Leaving Certificate Examination (including Day School Certificate (Higher) General paper), 1929
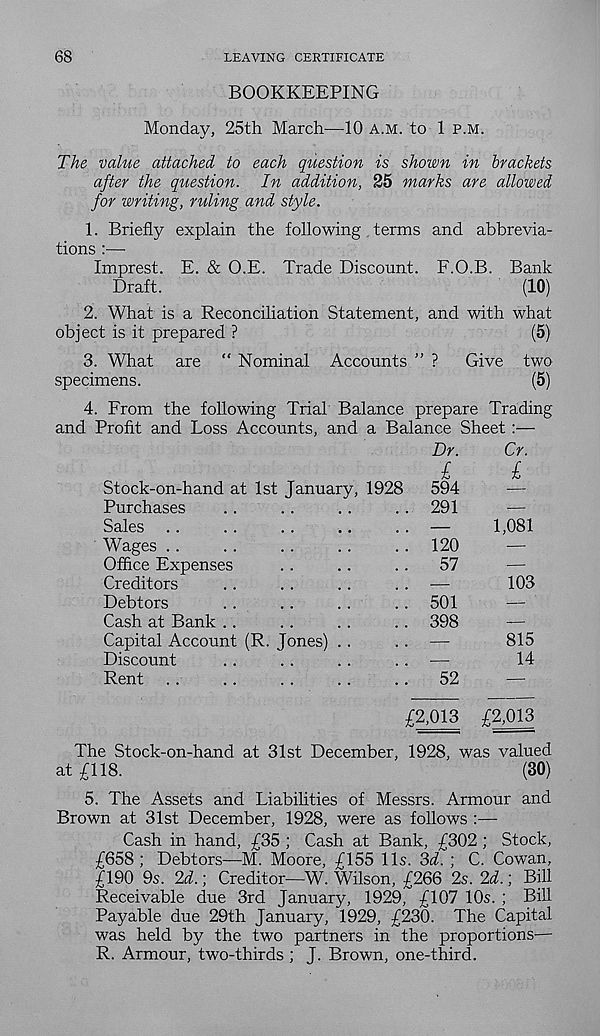
68
LEAVING CERTIFICATE
BOOKKEEPING
Monday, 25th March—10 a.m. to 1 p.m.
The value attached to each question is shown in brackets
after the question. In addition, 25 marks are allowed
for writing, ruling and style.
1. Briefly explain the following terms and abbrevia-
tions :—
Imprest. E. & O.E. Trade Discount. F.O.B. Bank
Draft.
(10)
2. What is a Reconciliation Statement, and with what
object is it prepared ?
(5)
3. What are “ Nominal Accounts ” ?
Give two
specimens.
(5)
4. From the following Trial Balance prepare Trading
and Profit and Loss Accounts, and a Balance Sheet:—
Stock-on-hand at 1st January, 1928
Purchases
Sales ..
Wages . .
Office Expenses
Creditors
Debtors
Cash at Bank ..
Capital Account (R. Jones)
Discount
Rent
Dr.
Cr.
I
l
594
—
291
—
1,081
120
57
—
103
501
—
398
815
14
52
£2,013 £2,013
The Stock-on-hand at 31st December, 1928, was valued
at £118.
(30)
5. The Assets and Liabilities of Messrs. Armour and
Brown at 31st December, 1928, were as follows :—
Cash in hand, £35 ; Cash at Bank, £302; Stock,
£658; Debtors—M. Moore, £155 11s. 3<L ; C. Cowan,
£190 9s. 2d.; Creditor—W. Wilson, £266 2s. 2d.; Bill
Receivable due 3rd January, 1929, £107 10s. ; Bill
Payable due 29th January, 1929, £230. The Capital
was held by the two partners in the proportions—
R. Armour, two-thirds ; J. Brown, one-third.